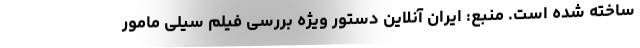
ساخته شده است. منبع: ایران آنلاین دستور ویژه بررسی فیلم سیلی مامور